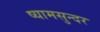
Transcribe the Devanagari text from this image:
ष्यामसुन्दर